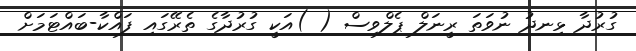
ގުރުދާ ޅިނދު ނުވަތަ ރީނަލް ޕެލްވިސް ( )އަކީ ގުރުދާގެ ތެރޭގައި ފައްކާ-ބައްޓަމަށް